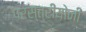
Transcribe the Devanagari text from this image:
परस्त्रीयोनी